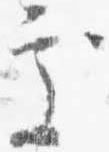
処